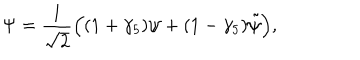
\Psi = \frac { 1 } { \sqrt { 2 } } \Big ( ( 1 + \gamma _ { 5 } ) \psi + ( 1 - \gamma _ { 5 } ) \tilde { \psi } \Big ) ,